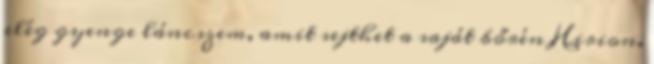
elég gyenge láncszem, amit sejthet a saját bőrén Hirion.